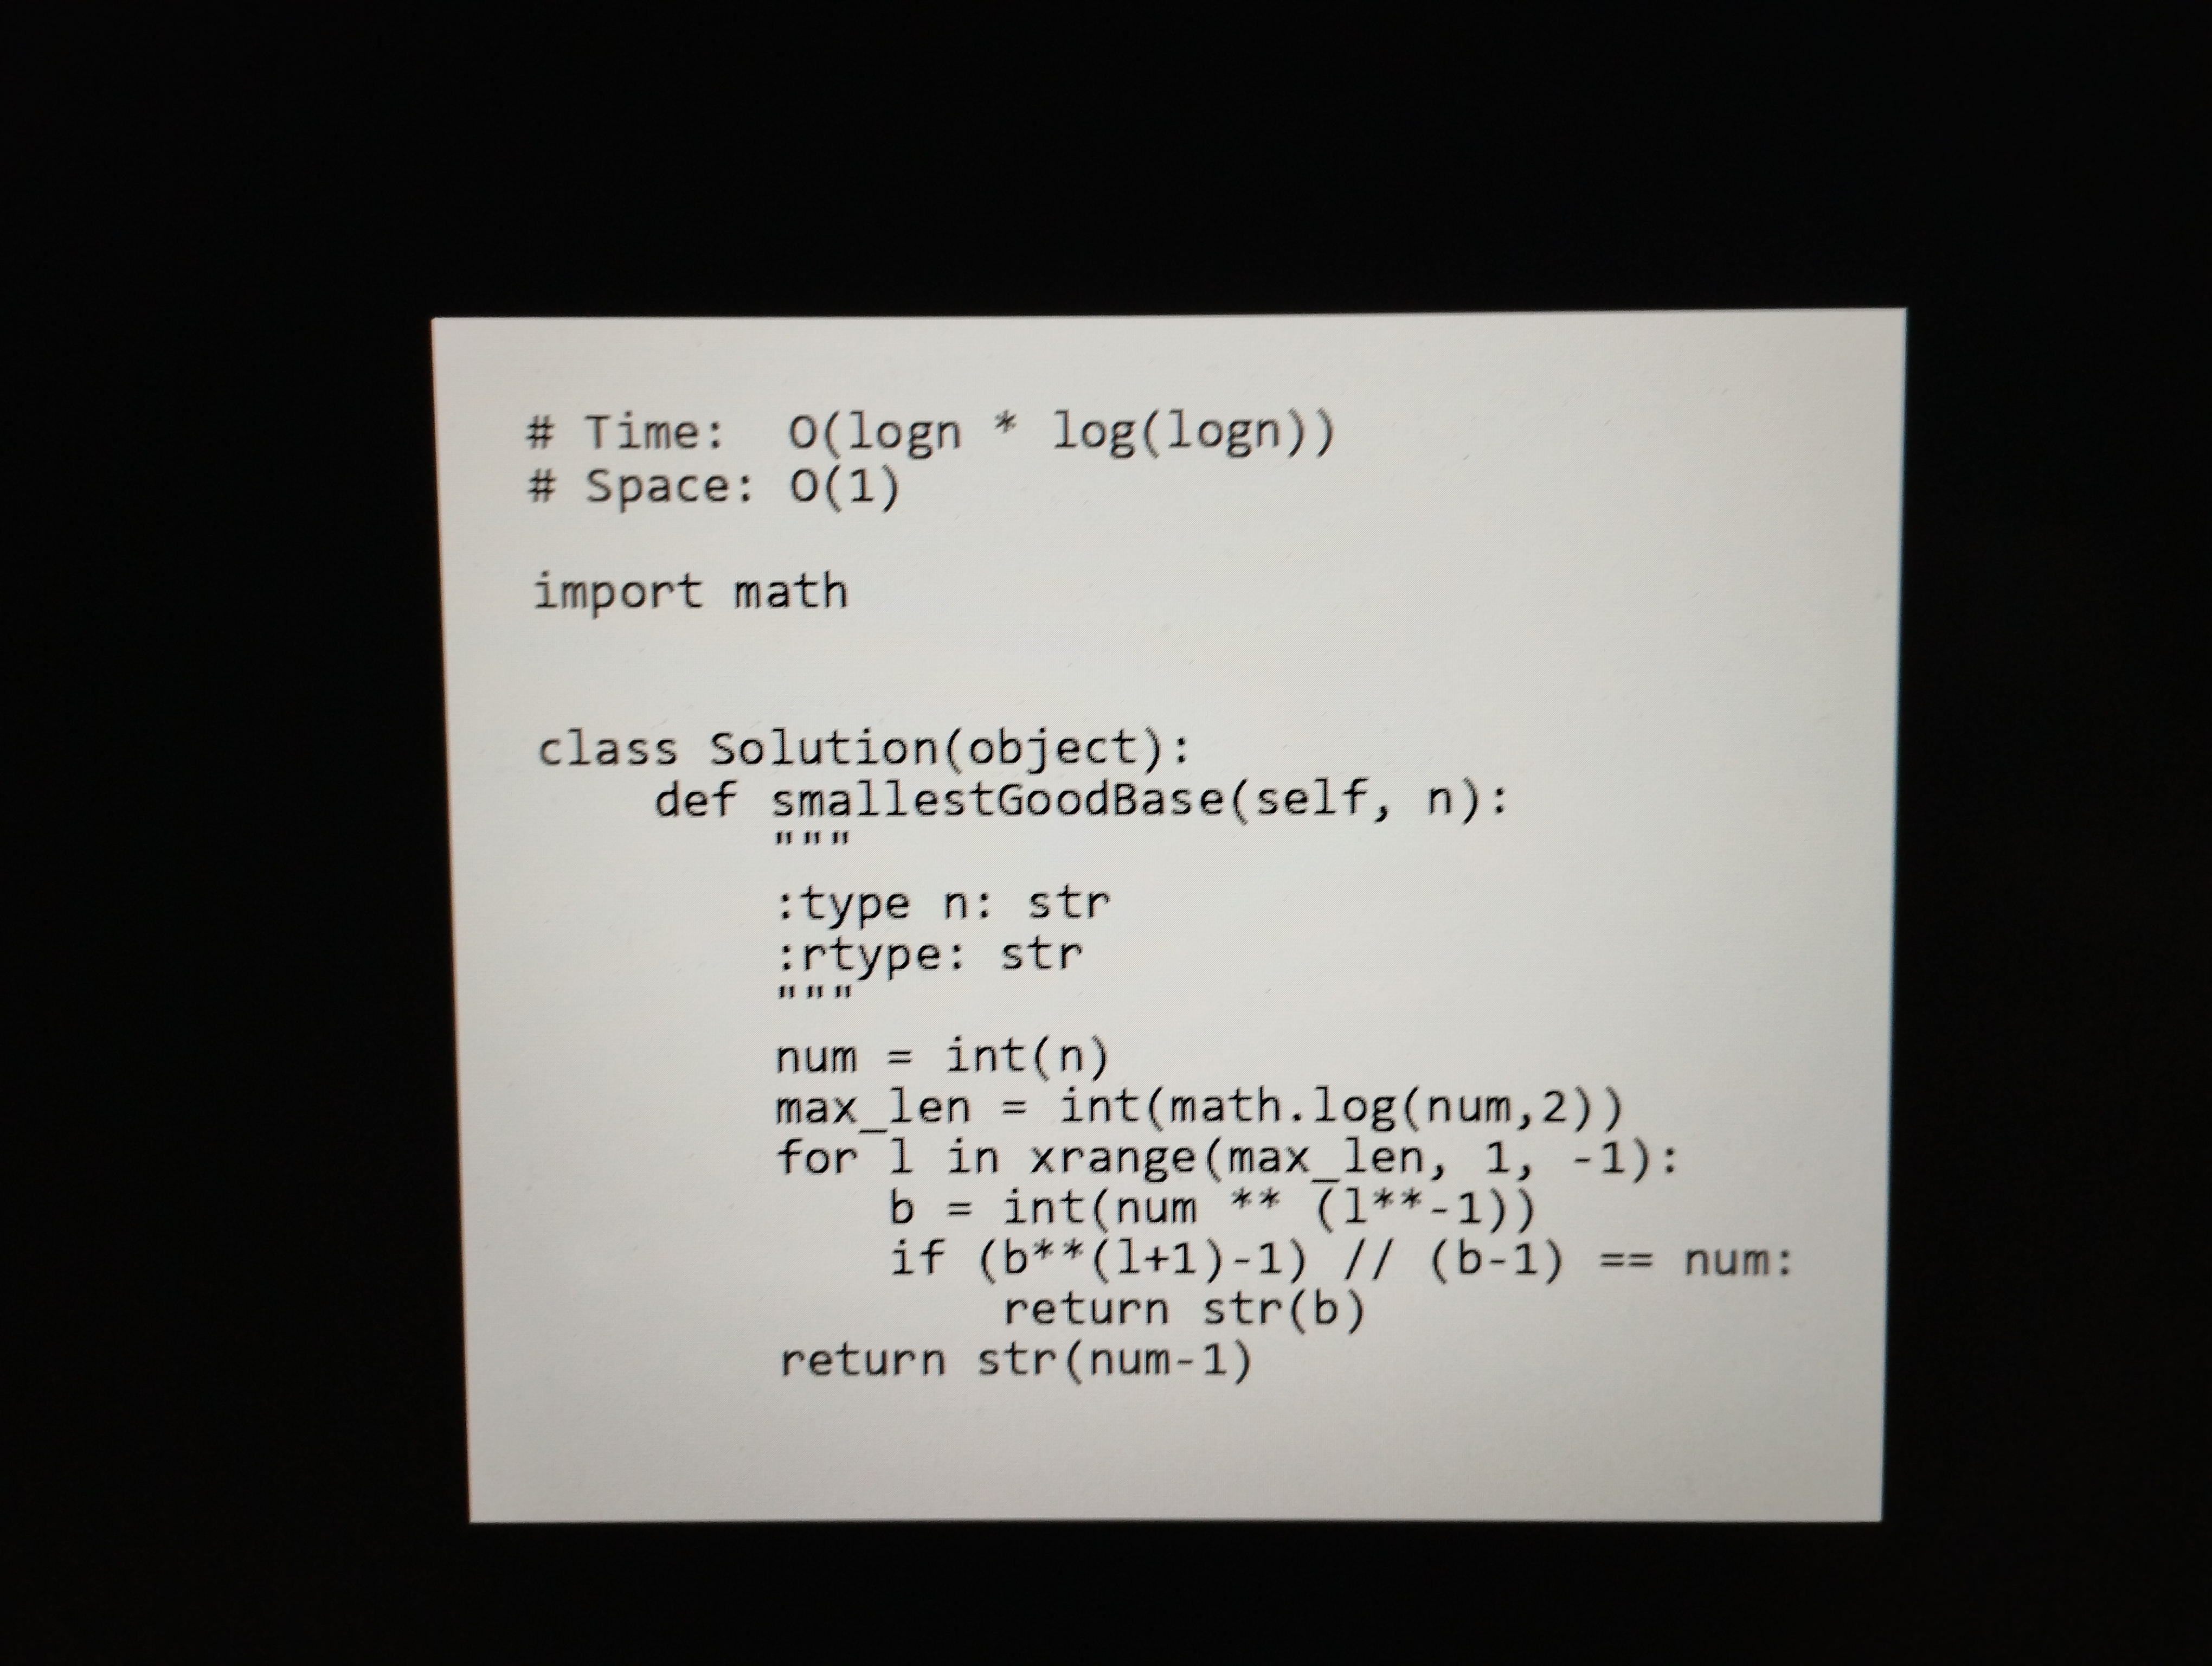
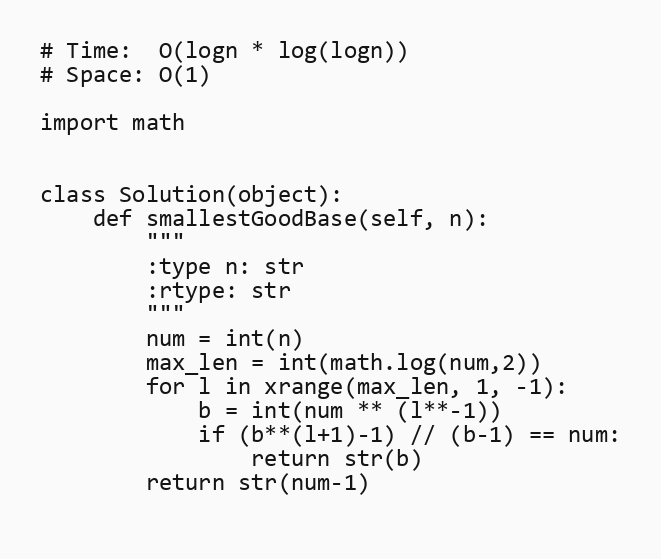
# Time:  O(logn * log(logn))
# Space: O(1)

import math

class Solution(object):
    def smallestGoodBase(self, n):
        """
        :type n: str
        :rtype: str
        """
        num = int(n)
        max_len = int(math.log(num,2))
        for l in xrange(max_len, 1, -1):
            b = int(num ** (l**-1))
            if (b**(l+1)-1) // (b-1) == num:
                return str(b)
        return str(num-1)